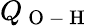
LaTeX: Q_{\mathrm{~O~-~H~}}